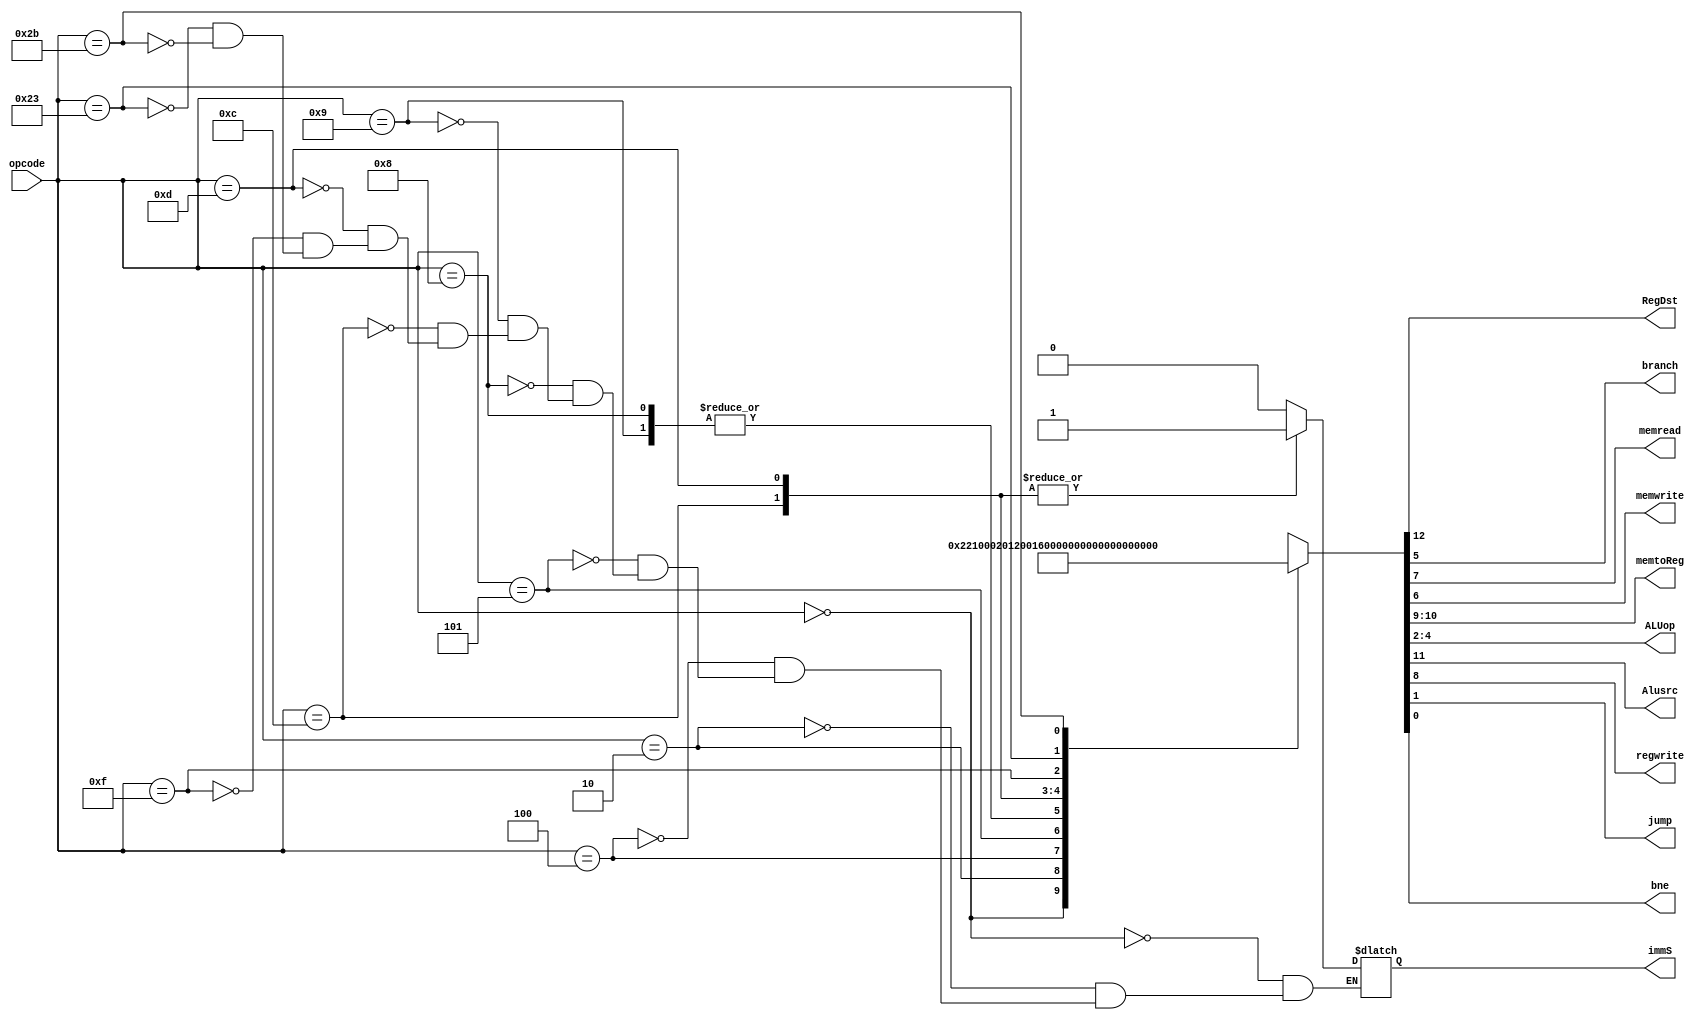
module controlunit(
    input [5:0] opcode,
    output reg RegDst,
    output reg branch,
    output reg memread,
    output reg memwrite,
    output reg [1:0]memtoReg,
    output reg [2:0]ALUop,
    output reg Alusrc,
    output reg regwrite,
    output reg jump,
    output reg bne,
    output reg immS
);

always @(*)
begin
    case (opcode)
      6'd0://R-Format((add,sub,and,or,slt)
            {RegDst,Alusrc,memtoReg,regwrite,memread,memwrite,branch,ALUop,jump,bne,immS} = {1'b1,1'b0,2'b00,1'b1,1'b0,1'b0,1'b0,3'b010,1'b0,1'b0,1'b0};
      6'd2://Jump
            {RegDst,Alusrc,memtoReg,regwrite,memread,memwrite,branch,ALUop,jump,bne,immS} = {1'b0,1'b0,2'b00,1'b0,1'b0,1'b0,1'b0,3'b000,1'b1,1'b0,1'b0};
      6'd4://beq
            {RegDst,Alusrc,memtoReg,regwrite,memread,memwrite,branch,ALUop,jump,bne,immS} = {1'b0,1'b0,2'b00,1'b0,1'b0,1'b0,1'b1,3'b001,1'b0,1'b0,1'b0};
      6'd5://bne
            {RegDst,Alusrc,memtoReg,regwrite,memread,memwrite,branch,ALUop,jump,bne,immS} = {1'b0,1'b0,2'b00,1'b0,1'b0,1'b0,1'b0,3'b001,1'b0,1'b1,1'b0};
      6'd8://addi
            {RegDst,Alusrc,memtoReg,regwrite,memread,memwrite,branch,ALUop,jump,bne,immS} = {1'b0,1'b1,2'b00,1'b1,1'b0,1'b0,1'b0,3'b000,1'b0,1'b0,1'b0};
      6'd9://addiu
            {RegDst,Alusrc,memtoReg,regwrite,memread,memwrite,branch,ALUop,jump,bne,immS} = {1'b0,1'b1,2'b00,1'b1,1'b0,1'b0,1'b0,3'b000,1'b0,1'b0,1'b0};
      6'd12://andi
            {RegDst,Alusrc,memtoReg,regwrite,memread,memwrite,branch,ALUop,jump,bne,immS} = {1'b0,1'b1,2'b00,1'b1,1'b0,1'b0,1'b0,3'b011,1'b0,1'b0,1'b1};
      6'd13://ori
            {RegDst,Alusrc,memtoReg,regwrite,memread,memwrite,branch,ALUop,jump,bne,immS} = {1'b0,1'b1,2'b00,1'b1,1'b0,1'b0,1'b0,3'b100,1'b0,1'b0,1'b1};
      6'd15://lui
            {RegDst,Alusrc,memtoReg,regwrite,memread,memwrite,branch,ALUop,jump,bne,immS} = {1'b0,1'b0,2'b10,1'b1,1'b0,1'b0,1'b0,3'b000,1'b0,1'b0,1'b0};
      6'd35://load
            {RegDst,Alusrc,memtoReg,regwrite,memread,memwrite,branch,ALUop,jump,bne,immS} = {1'b0,1'b1,2'b01,1'b1,1'b1,1'b0,1'b0,3'b000,1'b0,1'b0,1'b0};
      6'd43://store
            {RegDst,Alusrc,memtoReg,regwrite,memread,memwrite,branch,ALUop,jump,bne,immS} = {1'b0,1'b1,2'b00,1'b0,1'b0,1'b1,1'b0,3'b000,1'b0,1'b0,1'b0};

      default: 
            {RegDst,Alusrc,memtoReg,regwrite,memread,memwrite,branch,ALUop,jump,bne} = {1'bx,1'bx,2'bxx,1'bx,1'bx,1'bx,1'bx,3'bxxx,1'bx,1'bx,1'bx};
    endcase
end

endmodule